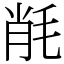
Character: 㲖